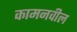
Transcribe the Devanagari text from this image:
कामनवील